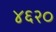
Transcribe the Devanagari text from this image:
४६२०